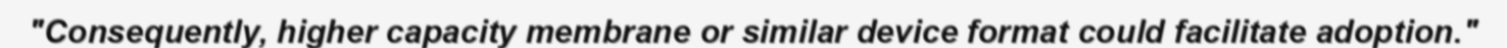
"Consequently, higher capacity membrane or similar device format could facilitate adoption."